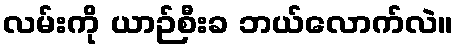
လမ်းကို ယာဉ်စီးခ ဘယ်လောက်လဲ။